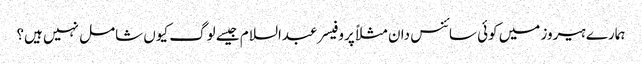
ہمارے ہیروز میں کوئی سائنس دان مثلاً پروفیسر عبدالسلام جیسے لوگ کیوں شامل نہیں ہیں؟